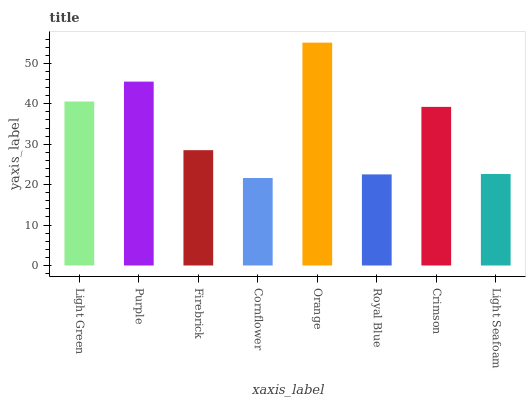
| xaxis_label | bars |
 | --- | --- |
 | Light Green | 40.6 |
 | Purple | 45.5 |
 | Firebrick | 28.5 |
 | Cornflower | 21.6 |
 | Orange | 55.1 |
 | Royal Blue | 22.5 |
 | Crimson | 39.2 |
 | Light Seafoam | 22.6 |